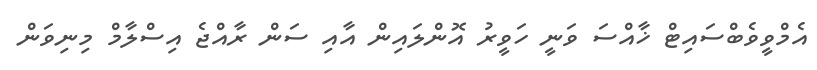
އެމްވީވެބްސައިޓް ޚާއްސަ ވަނީ ހަވީރު އޮންލައިން އާއި ސަން ރާއްޖެ އިސްލާމް މިނިވަން